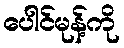
ပေါင်မုန့်ကို